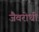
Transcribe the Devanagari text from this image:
जैवरोधी